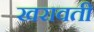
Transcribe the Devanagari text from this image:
खरावती